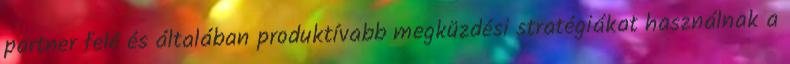
partner felé és általában produktívabb megküzdési stratégiákat használnak a